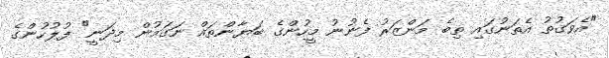
"އެވަގުތު އެތަނުގައި ތިބެ މަންޒަރު ފެނުނު މީހުންގެ ބަޔާންތައް ނަގަމުން މިދަނީ" ފުލުހުންގެ